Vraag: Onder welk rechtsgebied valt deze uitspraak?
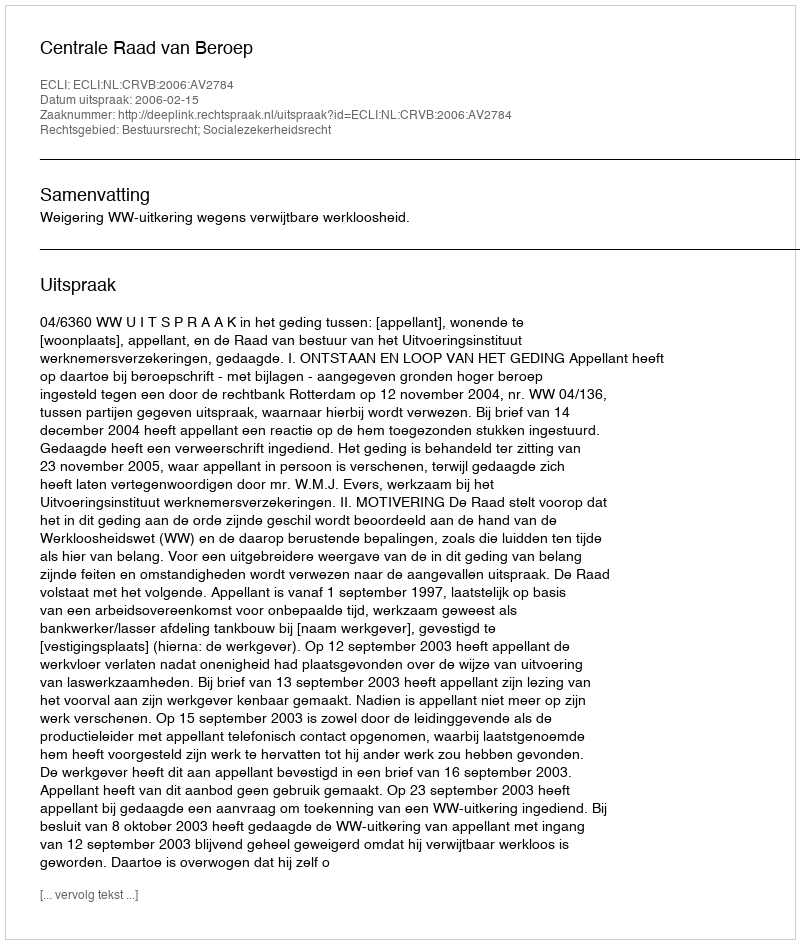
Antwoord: Bestuursrecht; Socialezekerheidsrecht